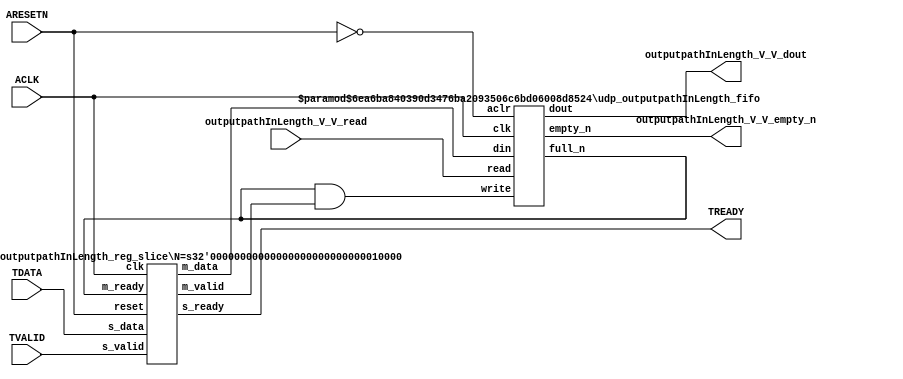
// This program was cloned from: https://github.com/mustafabbas/ECE1373_2016_hft_on_fpga
// License: MIT License

// ==============================================================
// File generated by Vivado(TM) HLS - High-Level Synthesis from C, C++ and SystemC
// Version: 2015.1
// Copyright (C) 2015 Xilinx Inc. All rights reserved.
// 
// ==============================================================


`timescale 1ns/1ps

module udp_outputpathInLength_if (
    // AXI4-Stream singals
    input  wire        ACLK,
    input  wire        ARESETN,
    input  wire        TVALID,
    output wire        TREADY,
    input  wire [15:0] TDATA,
    // User signals
    output wire [15:0] outputpathInLength_V_V_dout,
    output wire        outputpathInLength_V_V_empty_n,
    input  wire        outputpathInLength_V_V_read
);
//------------------------Local signal-------------------
// FIFO
wire [0:0]  fifo_write;
wire [0:0]  fifo_full_n;
wire [15:0] outputpathInLength_V_V_din;
wire [0:0]  outputpathInLength_V_V_full_n;
// register slice
wire [0:0]  s_valid;
wire [0:0]  s_ready;
wire [15:0] s_data;
wire [0:0]  m_valid;
wire [0:0]  m_ready;
wire [15:0] m_data;

//------------------------Instantiation------------------
// rs
udp_outputpathInLength_reg_slice #(
    .N       ( 16 )
) rs (
    .clk     ( ACLK ),
    .reset   ( ARESETN ),
    .s_data  ( s_data ),
    .s_valid ( s_valid ),
    .s_ready ( s_ready ),
    .m_data  ( m_data ),
    .m_valid ( m_valid ),
    .m_ready ( m_ready )
);

// outputpathInLength_V_V_fifo
udp_outputpathInLength_fifo #(
    .DATA_BITS  ( 16 ),
    .DEPTH_BITS ( 4 )
) outputpathInLength_V_V_fifo (
    .clk        ( ACLK ),
    .aclr       ( ~ARESETN ),
    .empty_n    ( outputpathInLength_V_V_empty_n ),
    .full_n     ( outputpathInLength_V_V_full_n ),
    .read       ( outputpathInLength_V_V_read ),
    .write      ( fifo_write ),
    .dout       ( outputpathInLength_V_V_dout ),
    .din        ( outputpathInLength_V_V_din )
);

//------------------------Body---------------------------
//++++++++++++++++++++++++AXI4-Stream++++++++++++++++++++
assign TREADY = s_ready;

//+++++++++++++++++++++++++++++++++++++++++++++++++++++++

//++++++++++++++++++++++++Reigister Slice++++++++++++++++
assign s_valid = TVALID;
assign m_ready = fifo_full_n;
assign s_data  = {TDATA[15:0]};

//+++++++++++++++++++++++++++++++++++++++++++++++++++++++

//++++++++++++++++++++++++FIFO+++++++++++++++++++++++++++
assign fifo_write                 = fifo_full_n & m_valid;
assign outputpathInLength_V_V_din = m_data[15:0];
assign fifo_full_n                = outputpathInLength_V_V_full_n;

//+++++++++++++++++++++++++++++++++++++++++++++++++++++++

endmodule



`timescale 1ns/1ps

module udp_outputpathInLength_fifo
#(parameter
    DATA_BITS  = 8,
    DEPTH_BITS = 4
)(
    input  wire                 clk,
    input  wire                 aclr,
    output wire                 empty_n,
    output wire                 full_n,
    input  wire                 read,
    input  wire                 write,
    output wire [DATA_BITS-1:0] dout,
    input  wire [DATA_BITS-1:0] din
);
//------------------------Parameter----------------------
localparam
    DEPTH = 1 << DEPTH_BITS;
//------------------------Local signal-------------------
reg                   empty;
reg                   full;
reg  [DEPTH_BITS-1:0] index;
reg  [DATA_BITS-1:0]  mem[0:DEPTH-1];
//------------------------Body---------------------------
assign empty_n = ~empty;
assign full_n  = ~full;
assign dout    = mem[index];

// empty
always @(posedge clk or posedge aclr) begin
    if (aclr)
        empty <= 1'b1;
    else if (empty & write & ~read)
        empty <= 1'b0;
    else if (~empty & ~write & read & (index==1'b0))
        empty <= 1'b1;
end

// full
always @(posedge clk or posedge aclr) begin
    if (aclr)
        full <= 1'b0;
    else if (full & read & ~write)
        full <= 1'b0;
    else if (~full & ~read & write & (index==DEPTH-2'd2))
        full <= 1'b1;
end

// index
always @(posedge clk or posedge aclr) begin
    if (aclr)
        index <= {DEPTH_BITS{1'b1}};
    else if (~empty & ~write & read)
        index <= index - 1'b1;
    else if (~full & ~read & write)
        index <= index + 1'b1;
end

// mem
always @(posedge clk) begin
    if (~full & write) mem[0] <= din;
end

genvar i;
generate
    for (i = 1; i < DEPTH; i = i + 1) begin : gen_sr
        always @(posedge clk) begin
            if (~full & write) mem[i] <= mem[i-1];
        end
    end
endgenerate

endmodule

`timescale 1ns/1ps

module udp_outputpathInLength_reg_slice
#(parameter
    N = 8   // data width
) (
    // system signals
    input  wire         clk,
    input  wire         reset,
    // slave side
    input  wire [N-1:0] s_data,
    input  wire         s_valid,
    output wire         s_ready,
    // master side
    output wire [N-1:0] m_data,
    output wire         m_valid,
    input  wire         m_ready
);
//------------------------Parameter----------------------
// state
localparam [1:0]
    ZERO = 2'b10,
    ONE  = 2'b11,
    TWO  = 2'b01;
//------------------------Local signal-------------------
reg  [N-1:0] data_p1;
reg  [N-1:0] data_p2;
wire         load_p1;
wire         load_p2;
wire         load_p1_from_p2;
reg          s_ready_t;
reg  [1:0]   state;
reg  [1:0]   next;
//------------------------Body---------------------------
assign s_ready = s_ready_t;
assign m_data  = data_p1;
assign m_valid = state[0];

assign load_p1 = (state == ZERO && s_valid) ||
                 (state == ONE && s_valid && m_ready) ||
                 (state == TWO && m_ready);
assign load_p2 = s_valid & s_ready;
assign load_p1_from_p2 = (state == TWO);

// data_p1
always @(posedge clk) begin
    if (load_p1) begin
        if (load_p1_from_p2)
            data_p1 <= data_p2;
        else
            data_p1 <= s_data;
    end
end

// data_p2
always @(posedge clk) begin
    if (load_p2) data_p2 <= s_data;
end

// s_ready_t
always @(posedge clk) begin
    if (~reset)
        s_ready_t <= 1'b0;
    else if (state == ZERO)
        s_ready_t <= 1'b1;
    else if (state == ONE && next == TWO)
        s_ready_t <= 1'b0;
    else if (state == TWO && next == ONE)
        s_ready_t <= 1'b1;
end

// state
always @(posedge clk) begin
    if (~reset)
        state <= ZERO;
    else
        state <= next;
end

// next
always @(*) begin
    case (state)
        ZERO:
            if (s_valid & s_ready)
                next = ONE;
            else
                next = ZERO;
        ONE:
            if (~s_valid & m_ready)
                next = ZERO;
            else if (s_valid & ~m_ready)
                next = TWO;
            else
                next = ONE;
        TWO:
            if (m_ready)
                next = ONE;
            else
                next = TWO;
        default:
            next = ZERO;
    endcase
end

endmodule